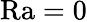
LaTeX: \mathrm{Ra}=0